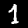
Digit: 1